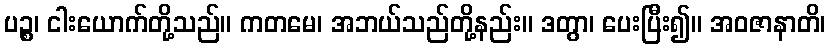
ပဉ္စ၊ ငါးယောက်တို့သည်။ ကတမေ၊ အဘယ်သည်တို့နည်း။ ဒတွာ၊ ပေးပြီး၍။ အဝဇာနာတိ၊